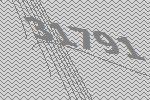
31791